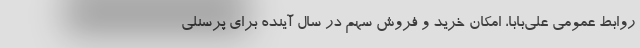
روابط عمومی علی‌بابا، امکان خرید و فروش سهم در سال آینده برای پرسنلی